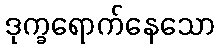
ဒုက္ခရောက်နေသော